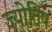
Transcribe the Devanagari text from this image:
ज्योतिषं